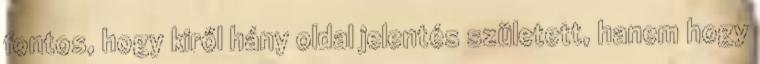
fontos, hogy kiről hány oldal jelentés született, hanem hogy